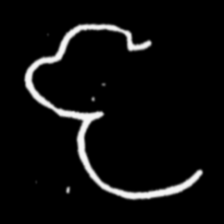
Pyu character \u2014 Myanmar letter: ဇ (romanized: ja)